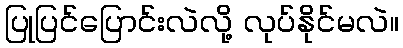
ပြုပြင်ပြောင်းလဲလို့ လုပ်နိုင်မလဲ။